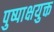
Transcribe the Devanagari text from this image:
पुष्पाक्षयुक्त